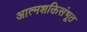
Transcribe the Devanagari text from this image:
आत्मशक्तिसंभूत